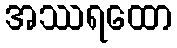
အဿရထော